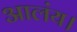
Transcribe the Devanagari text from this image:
आलंय।